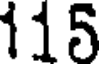
115